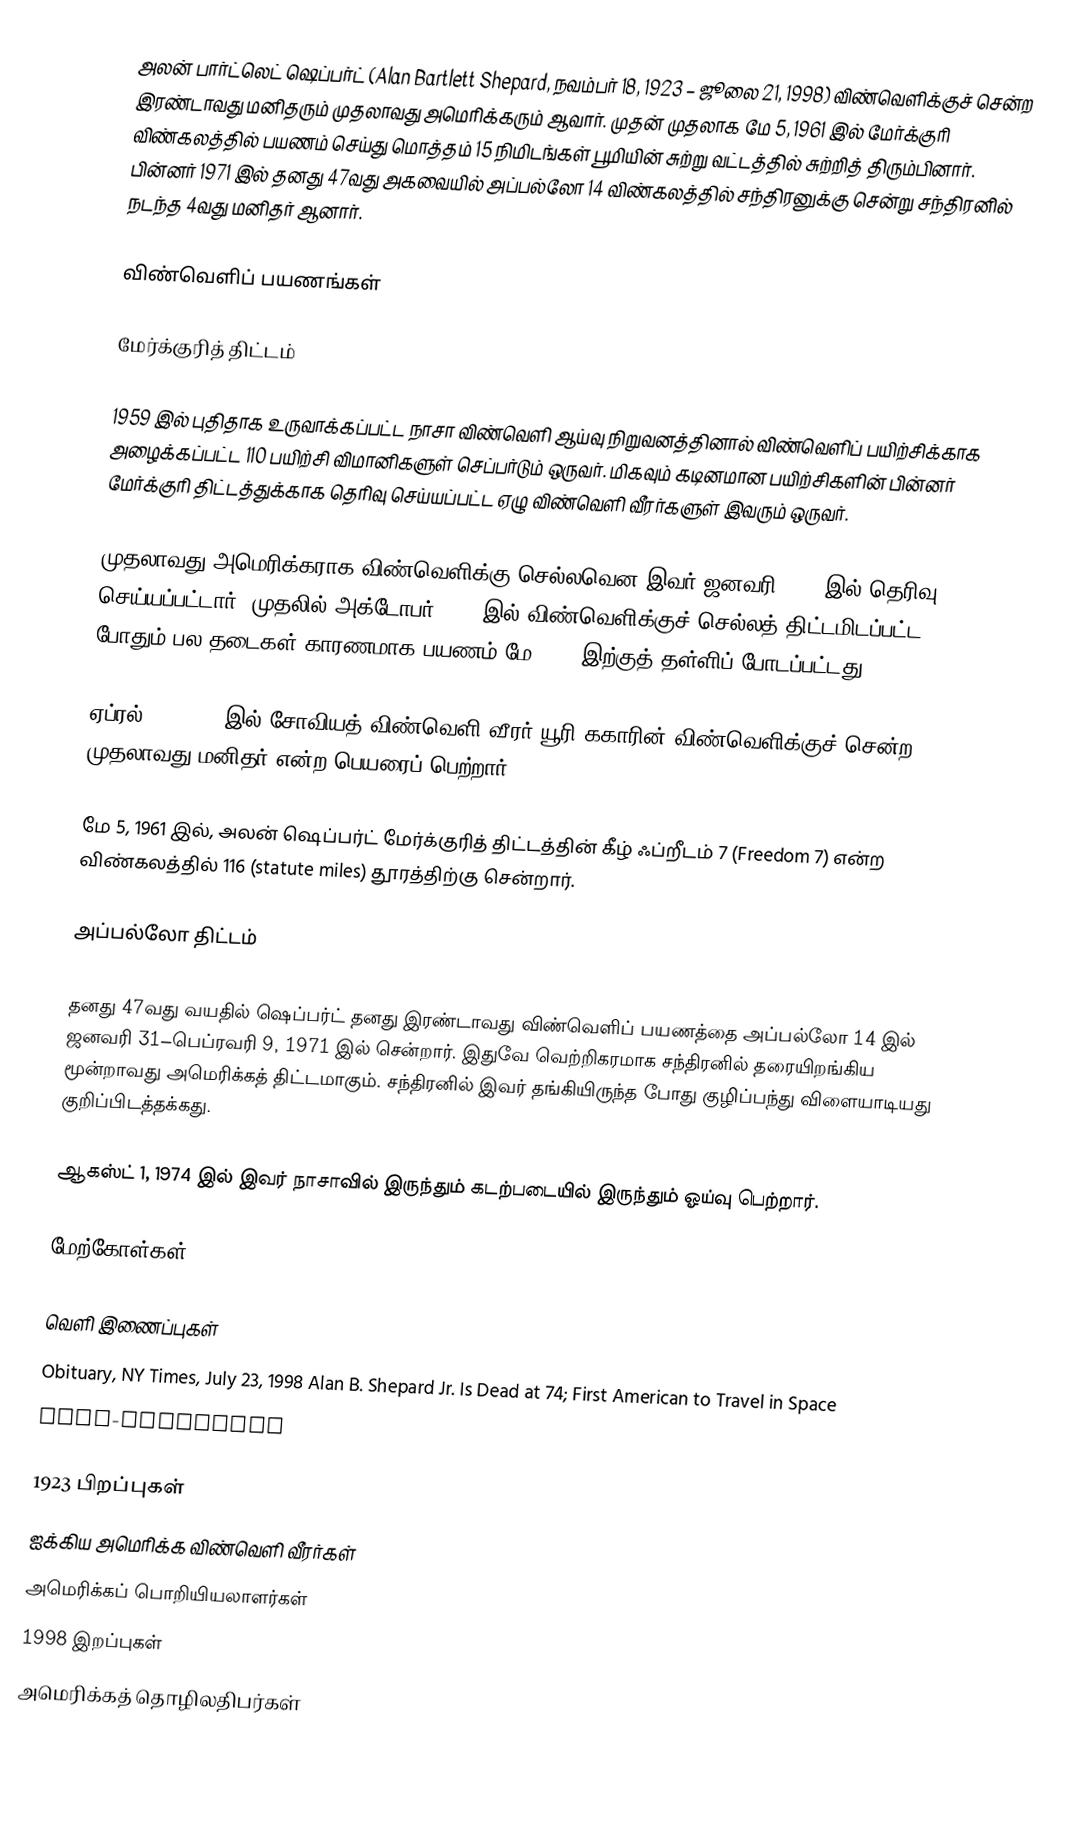
அலன் பார்ட்லெட் ஷெப்பர்ட் (Alan Bartlett Shepard, நவம்பர் 18, 1923 – ஜூலை 21, 1998) விண்வெளிக்குச் சென்ற இரண்டாவது மனிதரும் முதலாவது அமெரிக்கரும் ஆவார். முதன் முதலாக மே 5, 1961 இல் மேர்க்குரி விண்கலத்தில் பயணம் செய்து மொத்தம் 15 நிமிடங்கள் பூமியின் சுற்று வட்டத்தில் சுற்றித் திரும்பினார். பின்னர் 1971 இல் தனது 47வது அகவையில் அப்பல்லோ 14 விண்கலத்தில் சந்திரனுக்கு சென்று சந்திரனில் நடந்த 4வது மனிதர் ஆனார்.

விண்வெளிப் பயணங்கள்

மேர்க்குரித் திட்டம்

1959 இல் புதிதாக உருவாக்கப்பட்ட நாசா விண்வெளி ஆய்வு நிறுவனத்தினால் விண்வெளிப் பயிற்சிக்காக அழைக்கப்பட்ட 110 பயிற்சி விமானிகளுள் செப்பர்டும் ஒருவர். மிகவும் கடினமான பயிற்சிகளின் பின்னர் மேர்க்குரி திட்டத்துக்காக தெரிவு செய்யப்பட்ட ஏழு விண்வெளி வீரர்களுள் இவரும் ஒருவர்.

முதலாவது அமெரிக்கராக விண்வெளிக்கு செல்லவென இவர் ஜனவரி 1961 இல் தெரிவு செய்யப்பட்டார். முதலில் அக்டோபர் 1960 இல் விண்வெளிக்குச் செல்லத் திட்டமிடப்பட்ட போதும் பல தடைகள் காரணமாக பயணம் மே 1961 இற்குத் தள்ளிப் போடப்பட்டது.

ஏப்ரல் 12, 1961 இல் சோவியத் விண்வெளி வீரர் யூரி ககாரின் விண்வெளிக்குச் சென்ற முதலாவது மனிதர் என்ற பெயரைப் பெற்றார்.

மே 5, 1961 இல், அலன் ஷெப்பர்ட் மேர்க்குரித் திட்டத்தின் கீழ் ஃப்றீடம் 7 (Freedom 7) என்ற விண்கலத்தில் 116 (statute miles) தூரத்திற்கு சென்றார்.

அப்பல்லோ திட்டம்

தனது 47வது வயதில் ஷெப்பர்ட் தனது இரண்டாவது விண்வெளிப் பயணத்தை அப்பல்லோ 14 இல் ஜனவரி 31–பெப்ரவரி 9, 1971 இல் சென்றார். இதுவே வெற்றிகரமாக சந்திரனில் தரையிறங்கிய மூன்றாவது அமெரிக்கத் திட்டமாகும். சந்திரனில் இவர் தங்கியிருந்த போது குழிப்பந்து விளையாடியது குறிப்பிடத்தக்கது.

ஆகஸ்ட் 1, 1974 இல் இவர் நாசாவில் இருந்தும் கடற்படையில் இருந்தும் ஓய்வு பெற்றார்.

மேற்கோள்கள்

வெளி இணைப்புகள்
 Obituary, NY Times, July 23, 1998 Alan B. Shepard Jr. Is Dead at 74; First American to Travel in Space
 NASA-Biography

1923 பிறப்புகள்
ஐக்கிய அமெரிக்க விண்வெளி வீரர்கள்
அமெரிக்கப் பொறியியலாளர்கள்
1998 இறப்புகள்
அமெரிக்கத் தொழிலதிபர்கள்